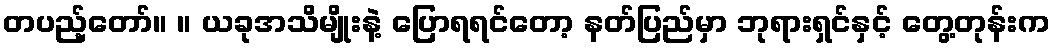
တပည့်တော်။ ။ ယခုအသိမျိုးနဲ့ ပြောရရင်တော့ နတ်ပြည်မှာ ဘုရားရှင်နှင့် တွေ့တုန်းက